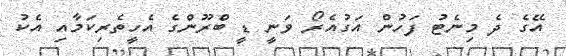
އޭގެ ދެ މިނެޓު ފަހުން އަގުއެރޯ ވަނީ ޑީ ބްރޫންގެ އެހީތެރިކަމާއި އެކު